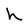
Character: h